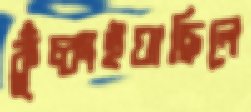
কুঁচ্‌কাইয়াছিলে